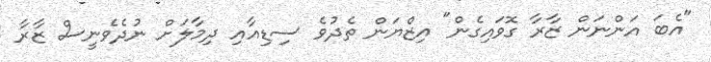
"އެބަ އަންނަން ޒާރާ ގޮވައިގެން" އިޒްޔަން ތެދުވެ ސިޑިއާއި ދިމާލަށް ނުދެވެނީސް ޒާރާ